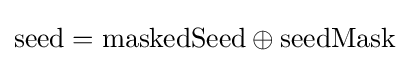
\mathrm {seed} =\mathrm {maskedSeed} \oplus \mathrm {seedMask}